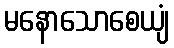
မနောသောစေယျံ